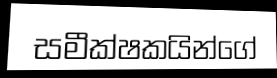
සමීක්ෂකයින්ගේ